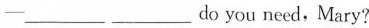
—___ ___do you need,Mary.